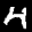
Label: 4